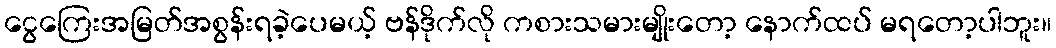
ငွေကြေးအမြတ်အစွန်းရခဲ့ပေမယ့် ဗန်ဒိုက်လို ကစားသမားမျိုးတော့ နောက်ထပ် မရတော့ပါဘူး။